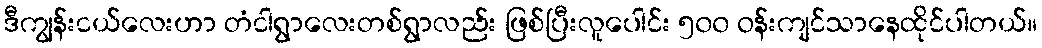
ဒီကျွန်းငယ်လေးဟာ တံငါရွာလေးတစ်ရွာလည်း ဖြစ်ပြီးလူပေါင်း ၅၀၀ ဝန်းကျင်သာနေထိုင်ပါတယ်။